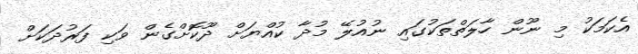
އެކަމަކު މި ނޫން ހާލަތްތަކުގައި ނުއުލޭ މުދާ ކުއްޔަށް ދޫކޮށްގެން ވަކި ފަރުދަކަށް